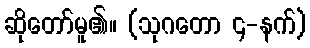
ဆိုတော်မူ၏။ (သုဂတော ၄-နက်)